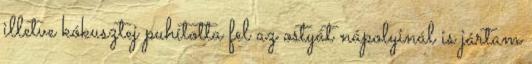
illetve kókusztej puhította fel az ostyát nápolyinál is jártam